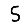
Digit: 5